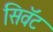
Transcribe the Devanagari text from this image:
सिवॅट